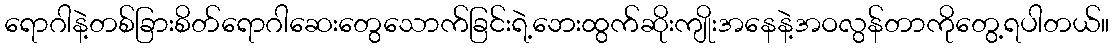
ရောဂါနဲ့တစ်ခြားစိတ်ရောဂါဆေးတွေသောက်ခြင်းရဲ့ဘေးထွက်ဆိုးကျိုးအနေနဲ့အဝလွန်တာကိုတွေ့ရပါတယ်။